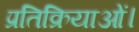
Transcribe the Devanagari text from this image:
प्रतिक्रियाओं।